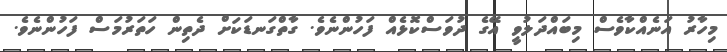
މިހާރު އަނެއްކާވެސް މިބައްދަލުވީ އޭގެ ދުވަސްކޮޅެއް ފަހުންނެވެ. ގާތްގަނޑަކަށް ދެތިން ހަތަރުމަސް ފަހުންނެވެ.